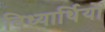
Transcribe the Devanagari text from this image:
विध्यार्थियों